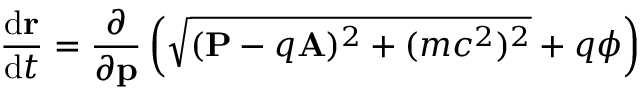
{ \frac { \mathrm { d } \mathbf { r } } { \mathrm { d } t } } = { \frac { \partial } { \partial \mathbf { p } } } \left( { \sqrt { ( \mathbf { P } - q \mathbf { A } ) ^ { 2 } + ( m c ^ { 2 } ) ^ { 2 } } } + q \phi \right) \,